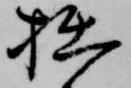
拙